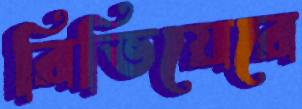
রিভিয়েরে